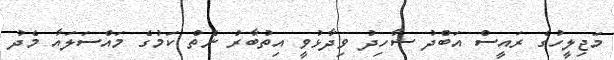
މަޖިލީހުގެ ރައީސް އަބްދު ޝާހިދު ވިދާޅުވީ އިތުބާރު ނެތް ކަމުގެ މައްސަލައާ މެދު